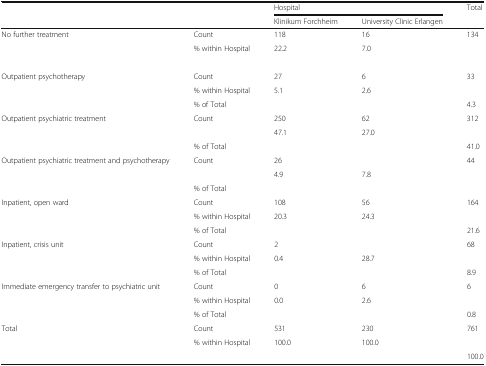
<table><thead><tr><td colspan="2" rowspan="2">[EMPTY_CELL]</td><td colspan="2"><b>Hospital</b></td><td rowspan="2"><b>Total</b></td></tr><tr><td><b>Klinikum Forchheim</b></td><td><b>University Clinic Erlangen</b></td></tr></thead><tbody><tr><td rowspan="3">No further treatment</td><td>Count</td><td>118</td><td>16</td><td>134</td></tr><tr><td>% within Hospital</td><td>22.2</td><td>7.0</td><td>[EMPTY_CELL]</td></tr><tr><td>[EMPTY_CELL]</td><td>[EMPTY_CELL]</td><td>[EMPTY_CELL]</td><td>[EMPTY_CELL]</td></tr><tr><td rowspan="3">Outpatient psychotherapy</td><td>Count</td><td>27</td><td>6</td><td>33</td></tr><tr><td>% within Hospital</td><td>5.1</td><td>2.6</td><td>[EMPTY_CELL]</td></tr><tr><td>% of Total</td><td>[EMPTY_CELL]</td><td>[EMPTY_CELL]</td><td>4.3</td></tr><tr><td rowspan="3">Outpatient psychiatric treatment</td><td>Count</td><td>250</td><td>62</td><td>312</td></tr><tr><td>[EMPTY_CELL]</td><td>47.1</td><td>27.0</td><td>[EMPTY_CELL]</td></tr><tr><td>% of Total</td><td>[EMPTY_CELL]</td><td>[EMPTY_CELL]</td><td>41.0</td></tr><tr><td rowspan="3">Outpatient psychiatric treatment and psychotherapy</td><td>Count</td><td>26</td><td>[EMPTY_CELL]</td><td>44</td></tr><tr><td>[EMPTY_CELL]</td><td>4.9</td><td>7.8</td><td>[EMPTY_CELL]</td></tr><tr><td>% of Total</td><td>[EMPTY_CELL]</td><td>[EMPTY_CELL]</td><td>[EMPTY_CELL]</td></tr><tr><td rowspan="3">Inpatient, open ward</td><td>Count</td><td>108</td><td>56</td><td>164</td></tr><tr><td>% within Hospital</td><td>20.3</td><td>24.3</td><td>[EMPTY_CELL]</td></tr><tr><td>% of Total</td><td>[EMPTY_CELL]</td><td>[EMPTY_CELL]</td><td>21.6</td></tr><tr><td rowspan="3">Inpatient, crisis unit</td><td>Count</td><td>2</td><td>[EMPTY_CELL]</td><td>68</td></tr><tr><td>% within Hospital</td><td>0.4</td><td>28.7</td><td>[EMPTY_CELL]</td></tr><tr><td>% of Total</td><td>[EMPTY_CELL]</td><td>[EMPTY_CELL]</td><td>8.9</td></tr><tr><td rowspan="3">Immediate emergency transfer to psychiatric unit</td><td>Count</td><td>0</td><td>6</td><td>6</td></tr><tr><td>% within Hospital</td><td>0.0</td><td>2.6</td><td>[EMPTY_CELL]</td></tr><tr><td>% of Total</td><td>[EMPTY_CELL]</td><td>[EMPTY_CELL]</td><td>0.8</td></tr><tr><td rowspan="3">Total</td><td>Count</td><td>531</td><td>230</td><td>761</td></tr><tr><td>% within Hospital</td><td>100.0</td><td>100.0</td><td>[EMPTY_CELL]</td></tr><tr><td>[EMPTY_CELL]</td><td>[EMPTY_CELL]</td><td>[EMPTY_CELL]</td><td>100.0</td></tr></tbody></table>